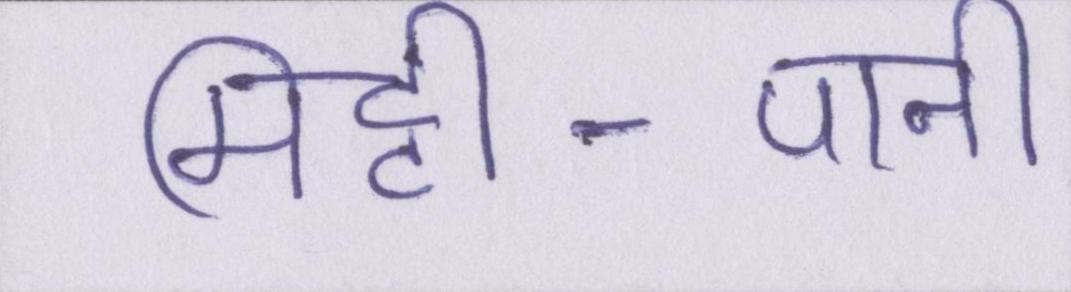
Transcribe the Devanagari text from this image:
मिट्टी-पानी